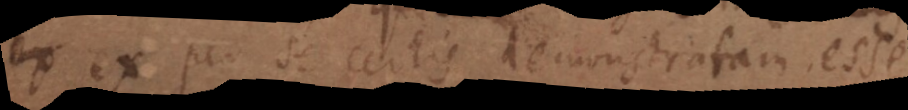
eam ex per se certis demonstratam esse.